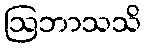
ဩဘာသသိ